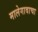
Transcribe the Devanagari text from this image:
मालेगावाचा